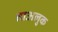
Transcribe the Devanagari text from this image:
ताअलुक